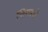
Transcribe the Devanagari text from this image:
चिऱ्याचे